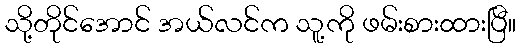
သို့တိုင်အောင် အယ်လင်က သူ့ကို ဖမ်းစားထားပြီ။